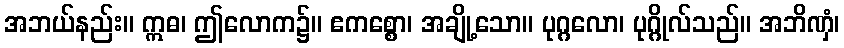
အဘယ်နည်း။ ဣဓ၊ ဤလောက၌။ ဧကစ္စော၊ အချို့သော။ ပုဂ္ဂလော၊ ပုဂ္ဂိုလ်သည်။ အဘိဏှံ၊